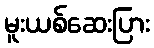
မူးယစ်ဆေးပြား